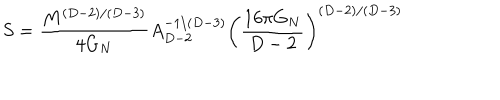
S = { \frac { M ^ { ( D - 2 ) / ( D - 3 ) } } { 4 G _ { N } } } A _ { D - 2 } ^ { - 1 / ( D - 3 ) } \left( \frac { 1 6 \pi G _ { N } } { D - 2 } \right) ^ { ( D - 2 ) / ( D - 3 ) }